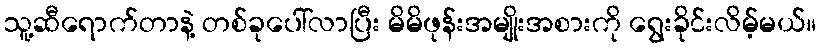
သူ့ဆီရောက်တာနဲ့ တစ်ခုပေါ်လာပြီး မိမိဖုန်းအမျိုးအစားကို ရွေးခိုင်းလိမ့်မယ်။